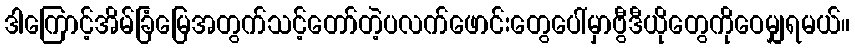
ဒါကြောင့်အိမ်ခြံမြေအတွက်သင့်တော်တဲ့ပလက်ဖောင်းတွေပေါ်မှာဗွီဒီယိုတွေကိုဝေမျှရမယ်။